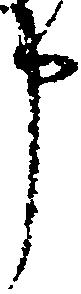
申